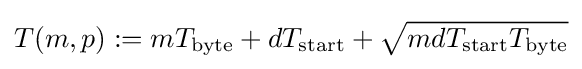
T(m,p):=mT_{\text{byte}}+dT_{\text{start}}+{\sqrt {mdT_{\text{start}}T_{\text{byte}}}}